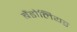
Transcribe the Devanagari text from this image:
बैंडोलियर